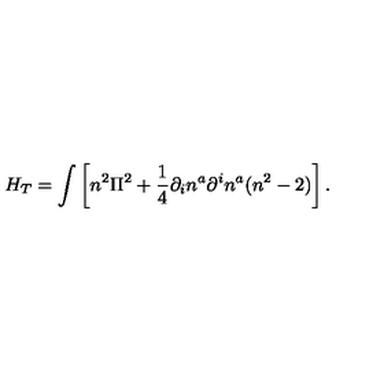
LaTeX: H _ { T } = \int \left[ n ^ { 2 } \Pi ^ { 2 } + \frac { 1 } { 4 } \partial _ { i } n ^ { a } \partial ^ { i } n ^ { a } ( n ^ { 2 } - 2 ) \right] .